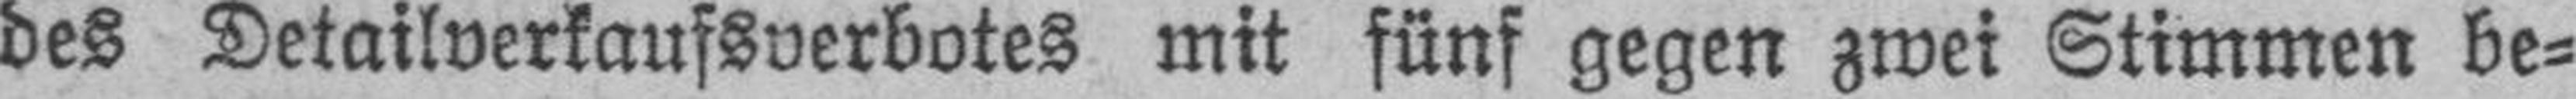
des Detailverkaufsverbotes mit fünf gegen zwei Stimmen be¬